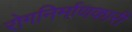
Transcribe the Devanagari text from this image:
रोगनिर्माणकारी